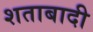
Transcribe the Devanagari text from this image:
शताबादी